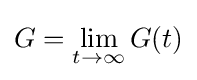
G=\lim _{t\to \infty }G(t)